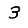
Digit: 3